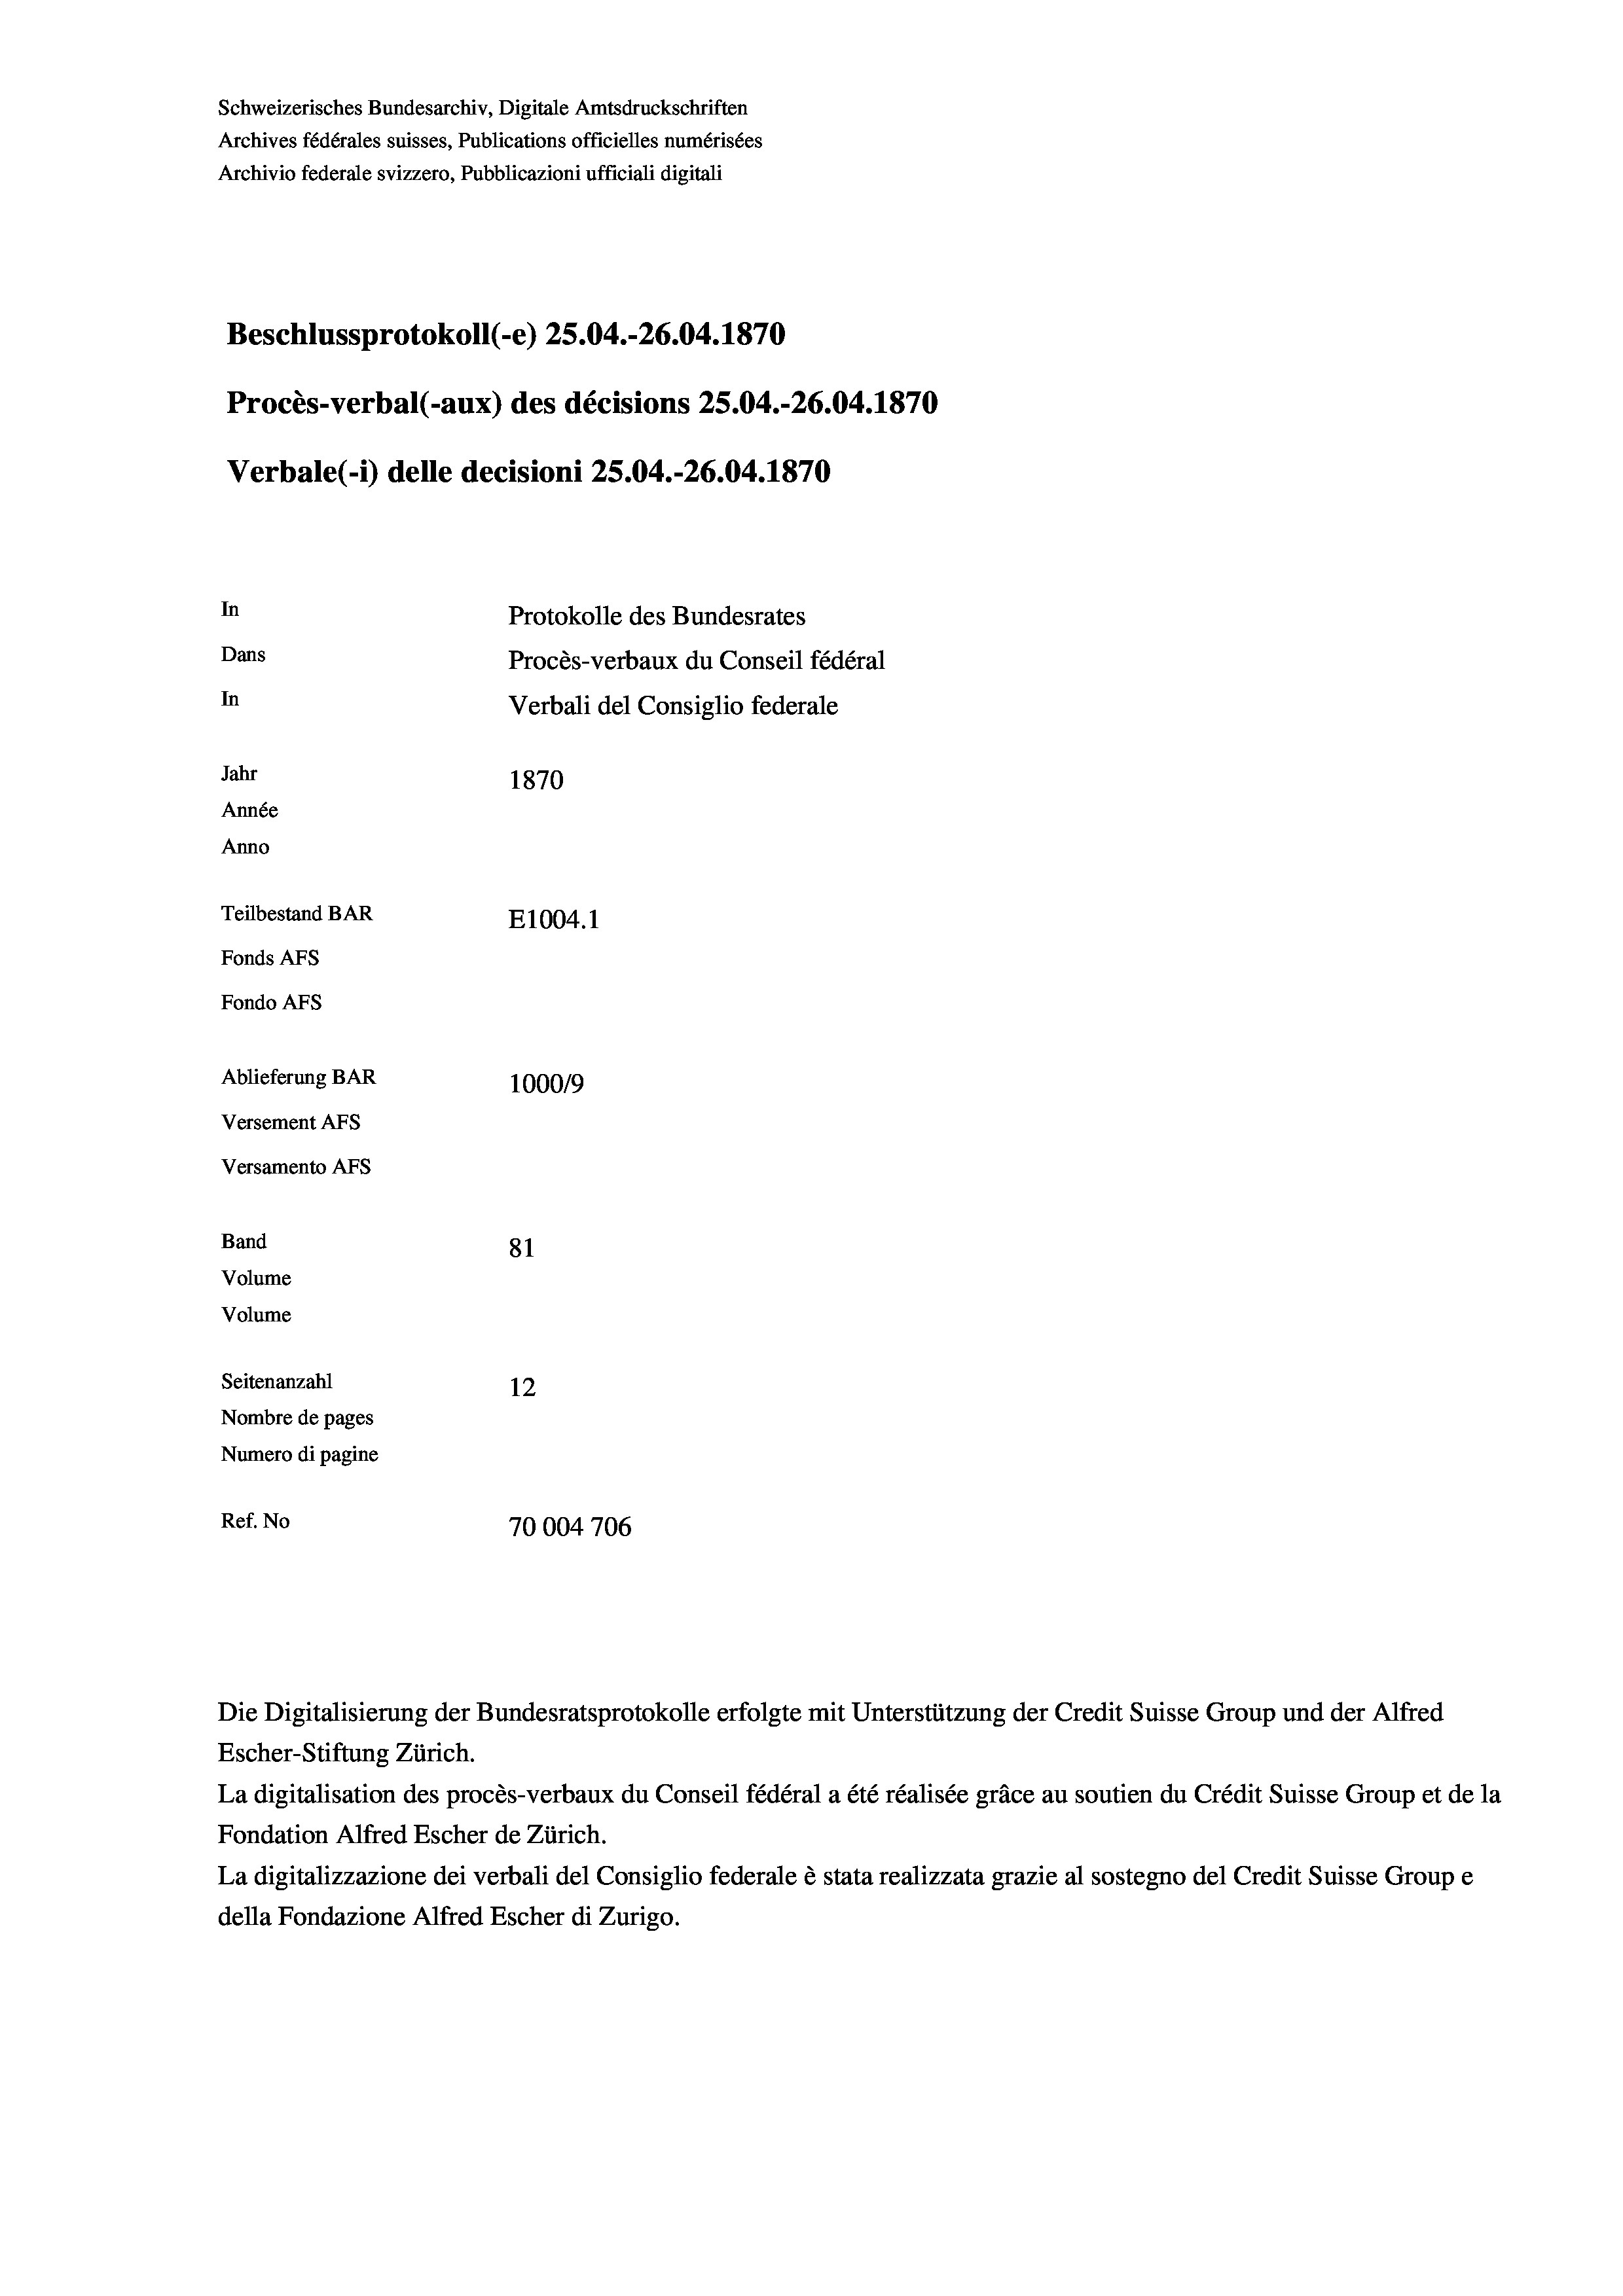
Schweizerisches Bundesarchiv, Digitale Amtsdruckschriften
Archives fédérales suisses, Publications officielles numérisées
Beschlussprotokoll (-e) 25.04.-26.04. 1870
Procès-verbal (-aux) des décisions 25.04.-26.04. 1870
In
Protokolle des Bundesrates
Dans
Procès-verbaux du Conseil fédéral
In
Verbali del Consiglio federale
Jahr
1870
Année
Anno
Teilbestand BAR
E1004.1
Fonds AFs
Fondo AFS

Ablieferung BAR
Versement AFs
Versamento AFs
Band
Volume
Volume
Seitenanzahl

Archivio federale svizzero, Pubblicazioni ufficiali digitali

Verbale (- 1) delle decisioni 25.04.-26.04. 1870

100019
81
12
Nombre de pages
Numero di pagine
Ref. No
70004706

Escher-Stiftung Zürich.
La digitalisation des procès-verbaux du Conseil fédéral a été réalisée gräce au soutien du Crédit Suisse Group et de la
Fondation Alfred Escher de Zürich.
La digitalizzazione dei verbali del Consiglio federale è stata realizzata grazie al sostegno del Credit Suisse Groupe
della Fondazione Alfred Escher di Zurigo.

Die Digitalisierung der Bundesratsprotokolle erfolgte mit Unterstützung der Credit Suisse Group und der Alfred